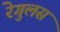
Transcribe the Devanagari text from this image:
रेगुलस